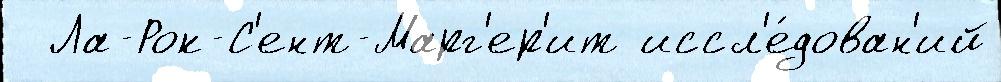
  Ла-Рок-С'ент-Марг'ер'ит иссл'е́дован'ий